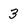
Character: 3